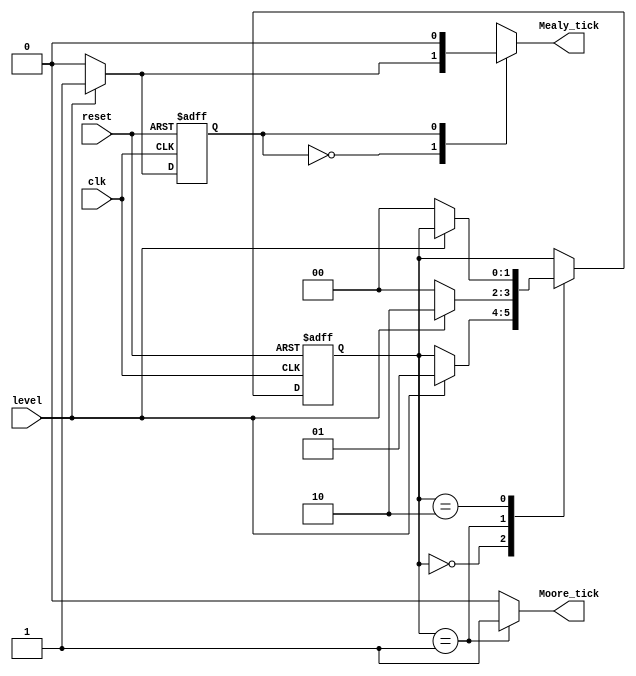
// edgeDetector.v
// Moore and Mealy Implementation

`timescale 1ns / 1ps
module edgeDetector
(
    input wire clk, reset, 
    input wire level, 
    output reg Mealy_tick, Moore_tick
);

localparam  // 2 states are required for Mealy
    zeroMealy = 1'b0,
    oneMealy =  1'b1;
    
localparam [1:0] // 3 states are required for Moore
    zeroMoore = 2'b00,
    edgeMoore = 2'b01, 
    oneMoore = 2'b10;

reg stateMealy_reg, stateMealy_next; 
reg[1:0] stateMoore_reg, stateMoore_next;

always @(posedge clk, posedge reset)
begin
    if(reset) // go to state zero if rese
        begin
        stateMealy_reg <= zeroMealy;
        stateMoore_reg <= zeroMoore;
        end
    else // otherwise update the states
        begin
        stateMealy_reg <= stateMealy_next;
        stateMoore_reg <= stateMoore_next;
        end
end

// Mealy Design 
always @(stateMealy_reg, level)
begin
    // store current state as next
    stateMealy_next = stateMealy_reg; // required: when no case statement is satisfied
    
    Mealy_tick = 1'b0; // set tick to zero (so that 'tick = 1' is available for 1 cycle only)
    case(stateMealy_reg)
        zeroMealy: // set 'tick = 1' if state = zero and level = '1'
            if(level)  
                begin // if level is 1, then go to state one,
                    stateMealy_next = oneMealy; // otherwise remain in same state.
                    Mealy_tick = 1'b1;
                end
        oneMealy: 
            if(~level) // if level is 0, then go to zero state,
                stateMealy_next = zeroMealy; // otherwise remain in one state.
    endcase
end

// Moore Design 
always @(stateMoore_reg, level)
begin
    // store current state as next
    stateMoore_next = stateMoore_reg; // required: when no case statement is satisfied
    
    Moore_tick = 1'b0; // set tick to zero (so that 'tick = 1' is available for 1 cycle only)
    case(stateMoore_reg)
        zeroMoore: // if state is zero,
            if(level) // and level is 1
                stateMoore_next = edgeMoore; // then go to state edge.
        edgeMoore:
            begin
                Moore_tick = 1'b1; // set the tick to 1.
                if(level) // if level is 1, 
                    stateMoore_next = oneMoore; // go to state one,
                else    
                    stateMoore_next = zeroMoore; // else go to state zero.
            end
        oneMoore: 
            if(~level) // if level is 0,
                stateMoore_next = zeroMoore; // then go to state zero.      
    endcase
end
endmodule